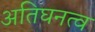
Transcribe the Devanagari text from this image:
अतिघनत्व